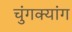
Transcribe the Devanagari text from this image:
चुंगक्यांग